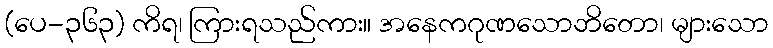
(ပေ-၃၆၃) ကိရ၊ ကြားရသည်ကား။ အနေကဂုဏသောဘိတော၊ များသော